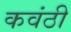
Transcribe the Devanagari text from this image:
कवंठी